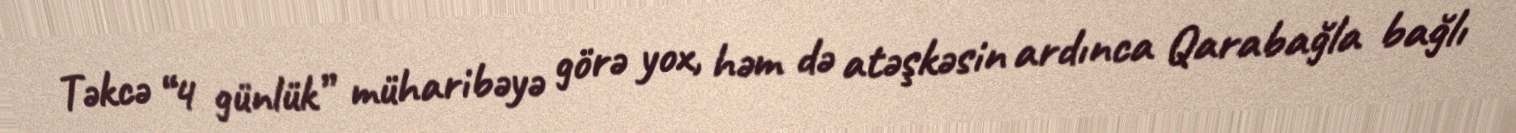
Təkcə “4 günlük” müharibəyə görə yox, həm də atəşkəsin ardınca Qarabağla bağlı